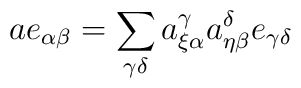
a e_{\alpha\beta}=\sum_{\gamma\delta}a_{\xi\alpha}^{\gamma}a_{\eta\beta}^{\delta}e_{\gamma\delta}